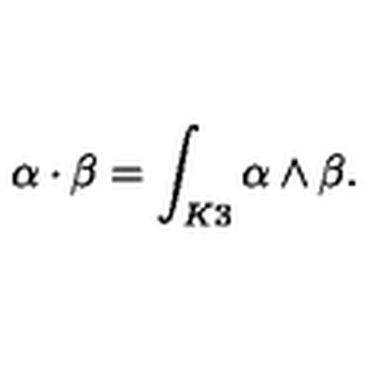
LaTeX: \alpha \cdot \beta = \int _ { K 3 } \alpha \wedge \beta .